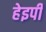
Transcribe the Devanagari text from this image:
हेइपी